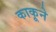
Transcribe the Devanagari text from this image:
काकूने